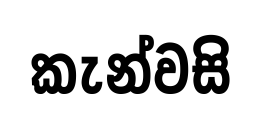
කැන්වසි